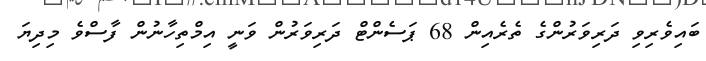
ބައިވެރިވި ދަރިވަރުންގެ ތެރެއިން 68 ޕަސެންޓް ދަރިވަރުން ވަނީ އިމްތިހާނުން ފާސްވެ މިދިޔަ